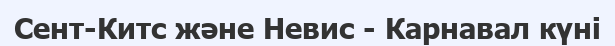
Сент-Китс және Невис - Карнавал күні